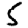
Digit: 5